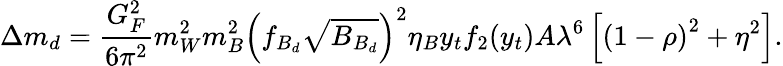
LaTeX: \Delta m_{d}={\frac{G_{F}^{2}}{6\pi^{2}}}m_{W}^{2}m_{B}^{2}\left(f_{B_{d}}\sqrt{B_{B_{d}}}\right)^{2}\eta_{B}y_{t}f_{2}(y_{t})A\lambda^{6}\left[\left(1-\rho\right)^{2}+\eta^{2}\right].